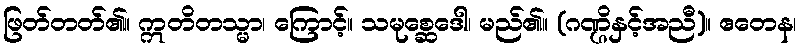
ဖြတ်တတ်၏။ ဣတိတသ္မာ၊ ကြောင့်။ သမုစ္ဆေဒေါ၊ မည်၏။ (ဂဏ္ဌိနှင့်အညီ)။ ဧတေန၊